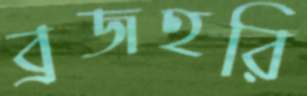
ব্রজহরি